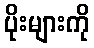
ပိုးများကို